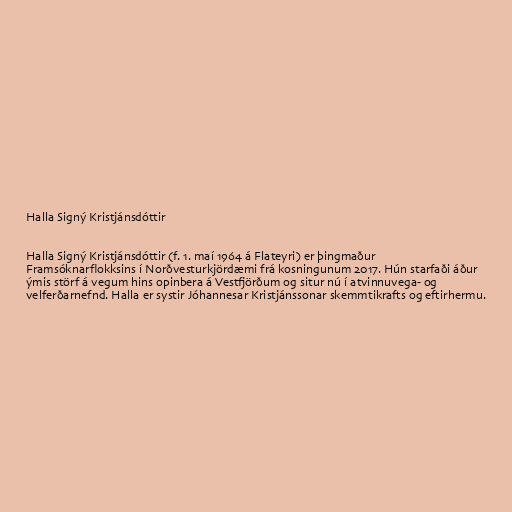
Halla Signý Kristjánsdóttir

Halla Signý Kristjánsdóttir (f. 1. maí 1964 á Flateyri) er þingmaður
Framsóknarflokksins í Norðvesturkjördæmi frá kosningunum 2017. Hún starfaði áður
ýmis störf á vegum hins opinbera á Vestfjörðum og situr nú í atvinnuvega- og
velferðarnefnd. Halla er systir Jóhannesar Kristjánssonar skemmtikrafts og eftirhermu.